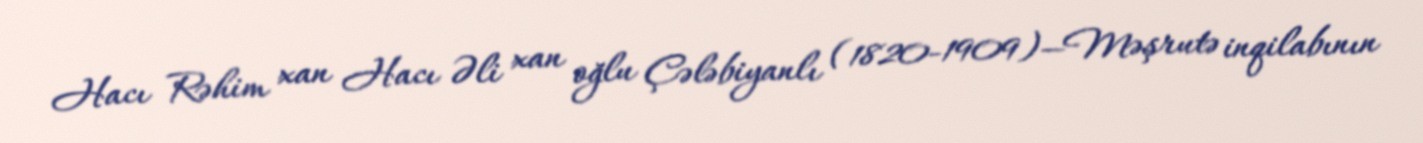
Hacı Rəhim xan Hacı Əli xan oğlu Çələbiyanlı (1820-1909)—Məşrutə inqilabının